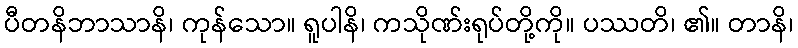
ပီတနိဘာသာနိ၊ ကုန်သော။ ရူပါနိ၊ ကသိုဏ်းရုပ်တို့ကို။ ပဿတိ၊ ၏။ တာနိ၊